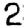
Digit: 2